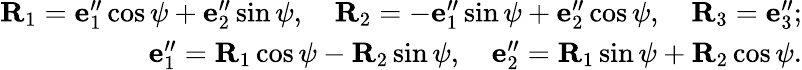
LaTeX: \begin{array}{r}{{\mathbf R}_{1}={\mathbf e}_{1}^{\prime\prime}\cos\psi+{\mathbf e}_{2}^{\prime\prime}\sin\psi,\quad{\mathbf R}_{2}=-{\mathbf e}_{1}^{\prime\prime}\sin\psi+{\mathbf e}_{2}^{\prime\prime}\cos\psi,\quad{\mathbf R}_{3}={\mathbf e}_{3}^{\prime\prime};}\\ {{\mathbf e}_{1}^{\prime\prime}={\mathbf R}_{1}\cos\psi-{\mathbf R}_{2}\sin\psi,\quad{\mathbf e}_{2}^{\prime\prime}={\mathbf R}_{1}\sin\psi+{\mathbf R}_{2}\cos\psi.}\end{array}